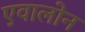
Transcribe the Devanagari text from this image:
एवालोन